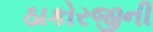
ઠાકોરજીની